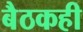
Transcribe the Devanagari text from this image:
बैठकही